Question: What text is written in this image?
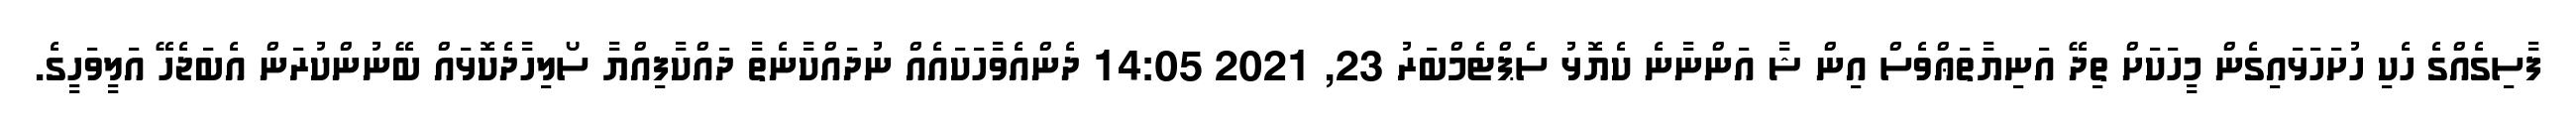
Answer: ފާސިގެއްގެ ހެކި ހުށަހަޅައިގެން މީހަކަށް ތިދޭ އަނިޔާތަޢްވެސް އިން ޝާ އަންނާނެ ކެޔޮޅު ސެޕްޓެމްބަރު 23, 2021 14:05 ދެންއެވާހަކައެއް ނުދައްކާނެތާ ދައްކާފިއްޔާ ސޯލިހާދެކޮޅައް ބޭނުންކުރަން އެބަޖެހޭ އަލީވަހީގެ.